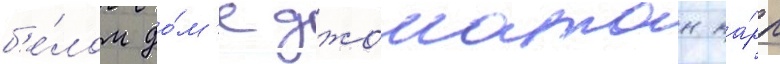
б'е́лом до́м'е джонатан ка́рл